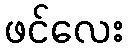
ဖင်လေး